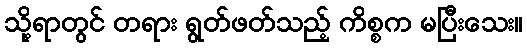
သို့ရာတွင် တရား ရွတ်ဖတ်သည့် ကိစ္စက မပြီးသေး။